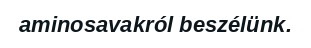
aminosavakról beszélünk.